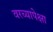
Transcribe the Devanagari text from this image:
वरच्यापेक्षा